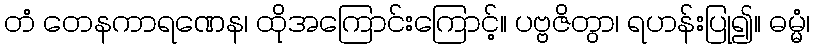
တံ တေနကာရဏေန၊ ထိုအကြောင်းကြောင့်။ ပဗ္ဗဇိတွာ၊ ရဟန်းပြု၍။ ဓမ္မံ၊